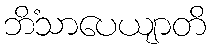
ဘိံသာပေယျာတိ